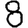
Digit: 8